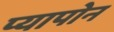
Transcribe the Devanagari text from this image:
प्यापोन